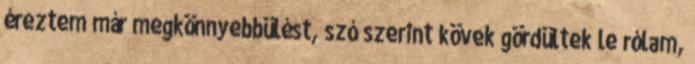
éreztem már megkönnyebbülést, szó szerint kövek gördültek le rólam,